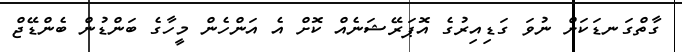
ގާތްގަނޑަކަށް ނުވަ ގަޑިއިރުގެ އޮޕަރޭޝަނެއް ކޮށް އެ އަންހެން މީހާގެ ބަންޑުން ބެންޑޭޖް